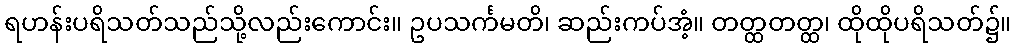
ရဟန်းပရိသတ်သည်သို့လည်းကောင်း။ ဥပသင်္ကမတိ၊ ဆည်းကပ်အံ့။ တတ္ထတတ္ထ၊ ထိုထိုပရိသတ်၌။